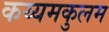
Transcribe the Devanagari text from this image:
कय्यमकुलम